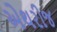
એથરીજ